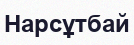
Нарсұтбай